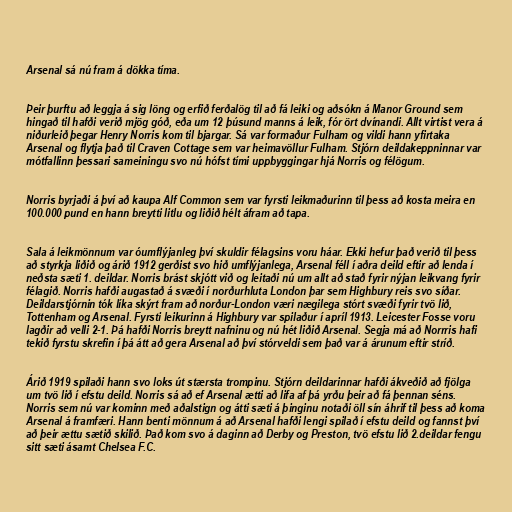
Arsenal sá nú fram á dökka tíma.

Þeir þurftu að leggja á sig löng og erfið ferðalög til að fá leiki og aðsókn á Manor Ground sem
hingað til hafði verið mjög góð, eða um 12 þúsund manns á leik, fór ört dvínandi. Allt virtist vera á
niðurleið þegar Henry Norris kom til bjargar. Sá var formaður Fulham og vildi hann yfirtaka
Arsenal og flytja það til Craven Cottage sem var heimavöllur Fulham. Stjórn deildakeppninnar var
mótfallinn þessari sameiningu svo nú hófst tími uppbyggingar hjá Norris og félögum.

Norris byrjaði á því að kaupa Alf Common sem var fyrsti leikmaðurinn til þess að kosta meira en
100.000 pund en hann breytti litlu og liðið hélt áfram að tapa.

Sala á leikmönnum var óumflýjanleg því skuldir félagsins voru háar. Ekki hefur það verið til þess
að styrkja liðið og árið 1912 gerðist svo hið umflýjanlega, Arsenal féll í aðra deild eftir að lenda í
neðsta sæti 1. deildar. Norris brást skjótt við og leitaði nú um allt að stað fyrir nýjan leikvang fyrir
félagið. Norris hafði augastað á svæði í norðurhluta London þar sem Highbury reis svo síðar.
Deildarstjórnin tók líka skýrt fram að norður-London væri nægilega stórt svæði fyrir tvö lið,
Tottenham og Arsenal. Fyrsti leikurinn á Highbury var spilaður í apríl 1913. Leicester Fosse voru
lagðir að velli 2-1. Þá hafði Norris breytt nafninu og nú hét liðið Arsenal. Segja má að Norrris hafi
tekið fyrstu skrefin í þá átt að gera Arsenal að því stórveldi sem það var á árunum eftir stríð.

Árið 1919 spilaði hann svo loks út stærsta trompinu. Stjórn deildarinnar hafði ákveðið að fjölga
um tvö lið í efstu deild. Norris sá að ef Arsenal ætti að lifa af þá yrðu þeir að fá þennan séns.
Norris sem nú var kominn með aðalstign og átti sæti á þinginu notaði öll sín áhrif til þess að koma
Arsenal á framfæri. Hann benti mönnum á að Arsenal hafði lengi spilað í efstu deild og fannst því
að þeir ættu sætið skilið. Það kom svo á daginn að Derby og Preston, tvö efstu lið 2.deildar fengu
sitt sæti ásamt Chelsea F.C.